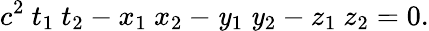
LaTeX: c^{2}\ t_{1}\ t_{2}-x_{1}\ x_{2}-\mathit{y}_{1}\ \mathit{y}_{2}-z_{1}\ z_{2}=0.